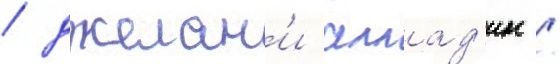
/ джелан'и аллад'ин /